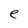
Character: e